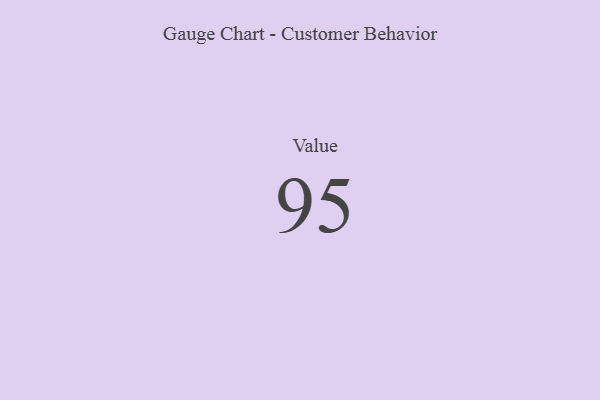
{"axis": {"x": "Metric", "y": "Value"}, "legend": [""], "data": [{"x": "Value", "y": 95, "type": ""}]}